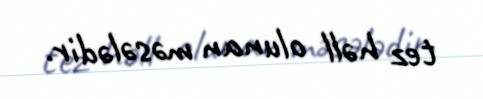
tez həll olunan məsələdir.